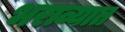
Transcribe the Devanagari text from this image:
भराव्यात